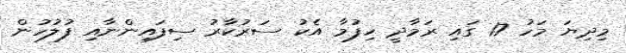
މިދިޔަ މަހު 17 ގައި ރަމާދީ ހިފުމާ އެކު ސަރުކާރު ސިފައިންނާއި ފުލުހުން